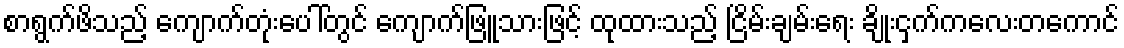
စာရွက်ဖိသည့် ကျောက်တုံးပေါ်တွင် ကျောက်ဖြူသားဖြင့် ထုထားသည့် ငြိမ်းချမ်းရေး ချိုးငှက်ကလေးတကောင်